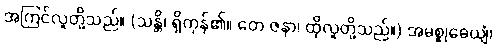
အကြင်လူတို့သည်။ (သန္တိ၊ ရှိကုန်၏။ တေ ဇနာ၊ ထိုလူတို့သည်။) အမစ္စုဓေယျံ၊